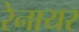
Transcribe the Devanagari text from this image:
रेनायर